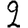
Digit: 2